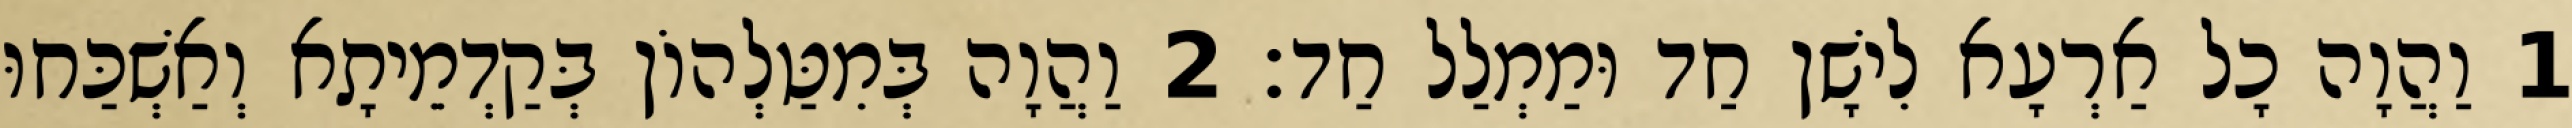
1 וַהֲוָה כָל אַרְעָא לִישָׁן חַד וּמַמְלַל חַד׃ 2 וַהֲוָה בְּמִטַּלְהוֹן בְּקַדְמֵיתָא וְאַשְׁכַּחוּ